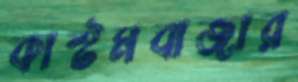
কাস্টমবাজার